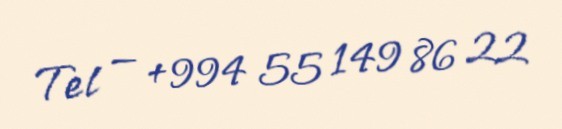
Tel — +994 55 149 86 22